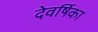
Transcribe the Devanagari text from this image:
देवर्षिका